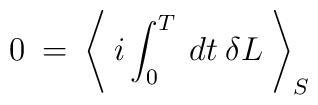
0 \> = \> \left < \> i \int_0^T \> dt \> \delta L \> \right >_S